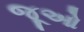
જૂઓ